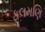
ફૂલમણિ